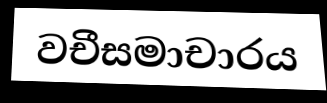
වචීසමාචාරය